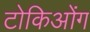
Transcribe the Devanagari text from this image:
टोकिओंग